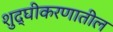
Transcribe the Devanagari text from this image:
शुद्घीकरणातील